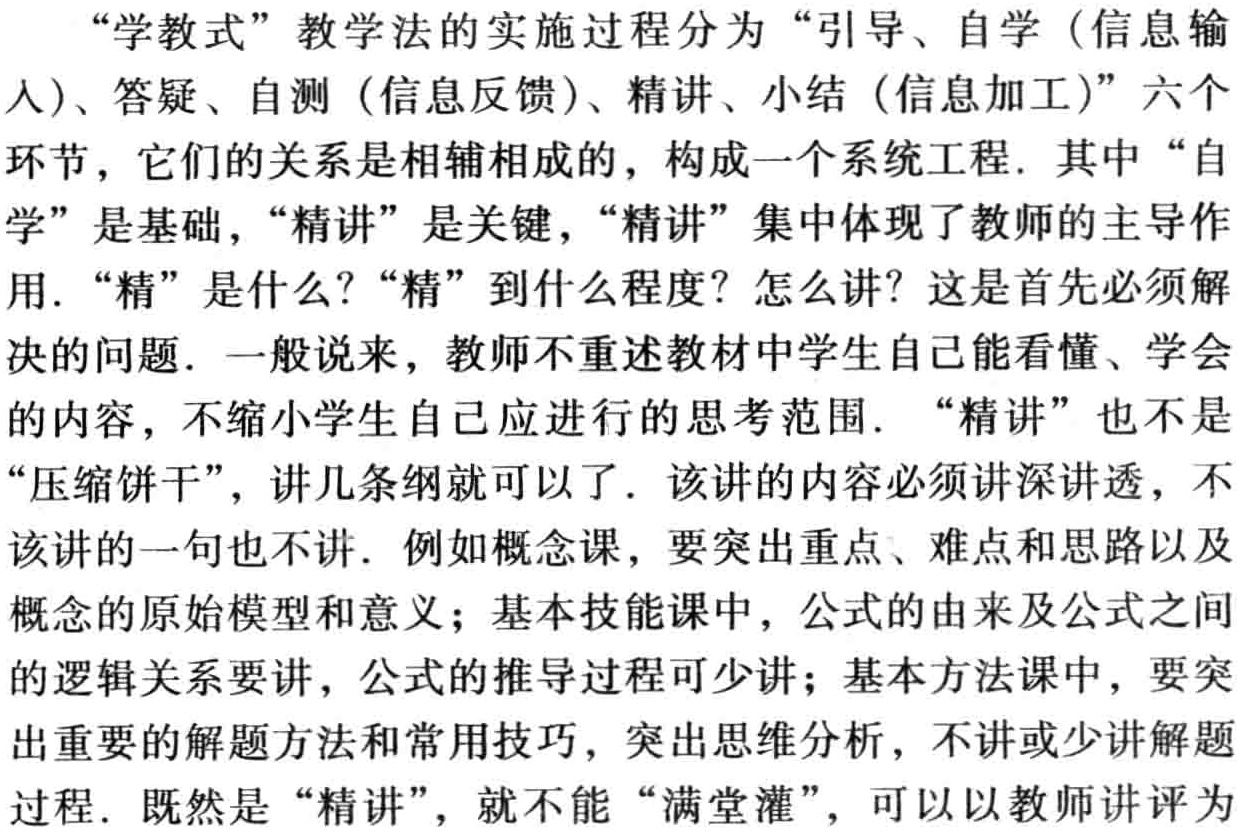
“学教式”教学法的实施过程分为“引导、自学（信息输

入)、答疑、自测（信息反馈)、精讲、小结（信息加工)”六个

环节，它们的关系是相辅相成的，构成一个系统工程. 其中“自

学”是基础，“精讲”是关键，“精讲”集中体现了教师的主导作

用. “精”是什么？“精”到什么程度？怎么讲？这是首先必须解

决的问题. 一般说来，教师不重述教材中学生自己能看懂、学会

的内容，不缩小学生自己应进行的思考范围. “精讲”也不是

“压缩饼干”，讲几条纲就可以了. 该讲的内容必须讲深讲透，不

该讲的一句也不讲. 例如概念课，要突出重点、难点和思路以及

概念的原始模型和意义；基本技能课中，公式的由来及公式之间

的逻辑关系要讲，公式的推导过程可少讲；基本方法课中，要突

出重要的解题方法和常用技巧，突出思维分析，不讲或少讲解题

过程. 既然是“精讲”，就不能“满堂灌”，可以以教师讲评为